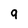
Character: 9